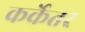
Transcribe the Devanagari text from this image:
कर्केतर